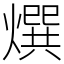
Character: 㷷